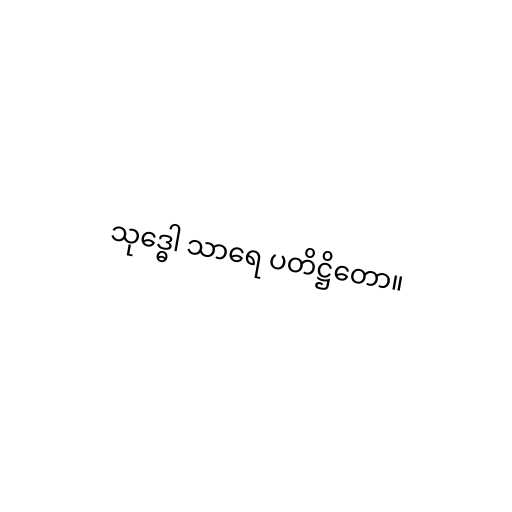
သုဒ္ဓေါ သာရေ ပတိဋ္ဌိတော။